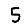
Digit: 5